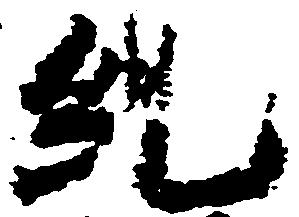
糺